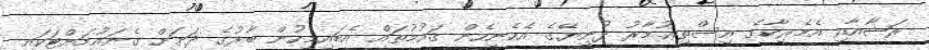
ރަޝާއާއި އެމެރިކާގެ އިސްތިޢުމާރު ދުނިޔޭގެ އެހެނިހެން ޤައުމުތައް އެބައިމީހުން ބާރުގެ ދަށަށް ގެނައުމަށްޓަކައި